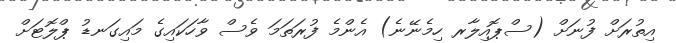
އިތުރަށް ފުނަށް (ސްޕޮއިލާރ ހިމެނޭނެ) އެންމެ ފުރަތަމަ ވެސް ވާހަކައިގެ މައިގަނޑު ޕްލޮޓަށް